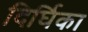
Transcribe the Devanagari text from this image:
दिर्घिका